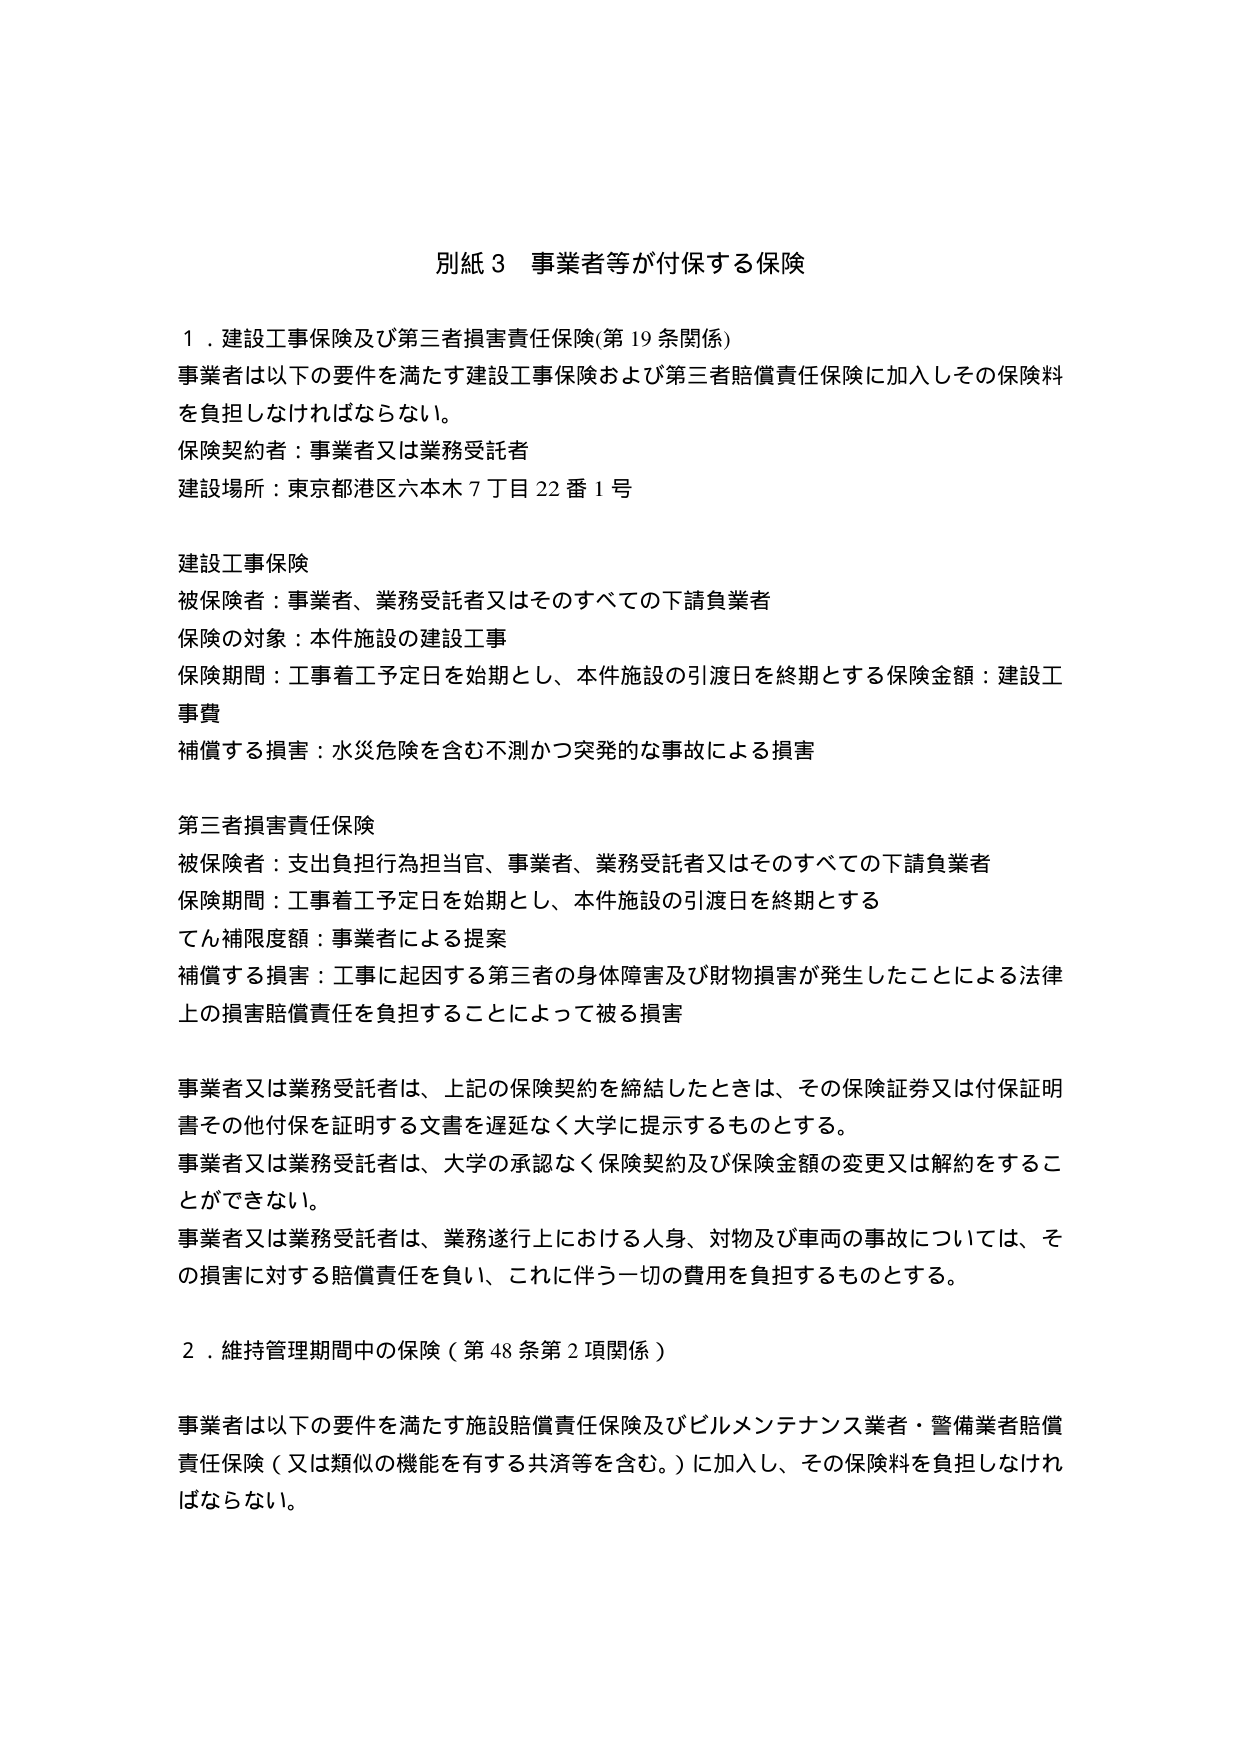
別紙３ 事業者等が付保する保険

１．建設工事保険及び第三者損害責任保険（第19条関係）
事業者は以下の要件を満たす建設工事保険および第三者賠償責任保険に加入しその保険料を負担しなければならない。
保険契約者：事業者又は業務受託者
建設場所：東京都港区六本木７丁目22番１号

建設工事保険
被保険者：事業者、業務受託者又はそのすべての下請負業者
保険の対象：本件施設の建設工事
保険期間：工事着工予定日を始期とし、本件施設の引渡日を終期とする保険金額：建設工事費
補償する損害：水災危険を含む不測かつ突発的な事故による損害

第三者損害責任保険
被保険者：支出負担行為担当官、事業者、業務受託者又はそのすべての下請負業者
保険期間：工事着工予定日を始期とし、本件施設の引渡日を終期とする
てん補限度額：事業者による提案
補償する損害：工事に起因する第三者の身体障害及び財物損害が発生したことによる法律上の損害賠償責任を負担することによって被る損害

事業者又は業務受託者は、上記の保険契約を締結したときは、その保険証券又は付保証明書その他付保を証明する文書を遅延なく大学に提示するものとする。
事業者又は業務受託者は、大学の承認なく保険契約及び保険金額の変更又は解約をすることができない。
事業者又は業務受託者は、業務遂行上における人身、対物及び車両の事故については、その損害に対する賠償責任を負い、これに伴う一切の費用を負担するものとする。

２．維持管理期間中の保険（第48条第2項関係）
事業者は以下の要件を満たす施設賠償責任保険及びビルメンテナンス業者・警備業者賠償責任保険（又は類似の機能を有する共済等を含む。）に加入し、その保険料を負担しなければならない。